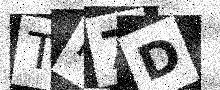
Text: TH7D